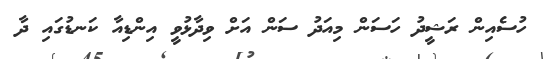
ހުސެއިން ރަޝީދު ހަސަން މިއަދު ސަން އަށް ވިދާޅުވީ އިންޑިއާ ކަނޑުގައި ދާ